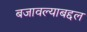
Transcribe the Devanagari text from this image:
बजावल्याबद्दल